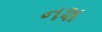
નશ